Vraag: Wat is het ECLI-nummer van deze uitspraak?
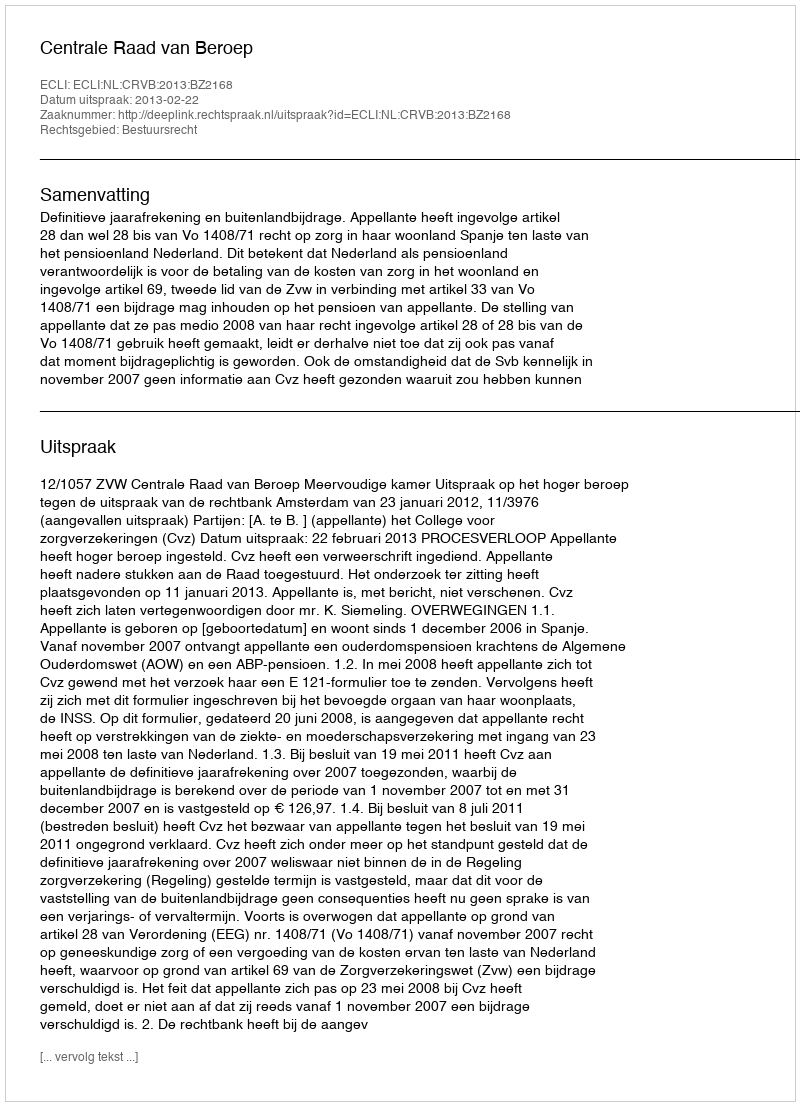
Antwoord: ECLI:NL:CRVB:2013:BZ2168